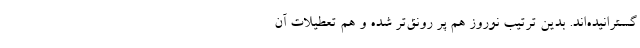
گسترانیده‌اند. بدین ترتیب نوروز هم پر رونق‌تر شده و هم تعطیلات آن